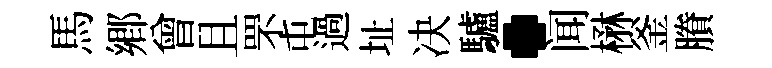
馬郷曾且罘屯過址决驢·闻楙釜賸